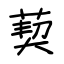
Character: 葜